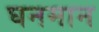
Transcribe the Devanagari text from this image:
घनमान